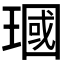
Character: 𪼓